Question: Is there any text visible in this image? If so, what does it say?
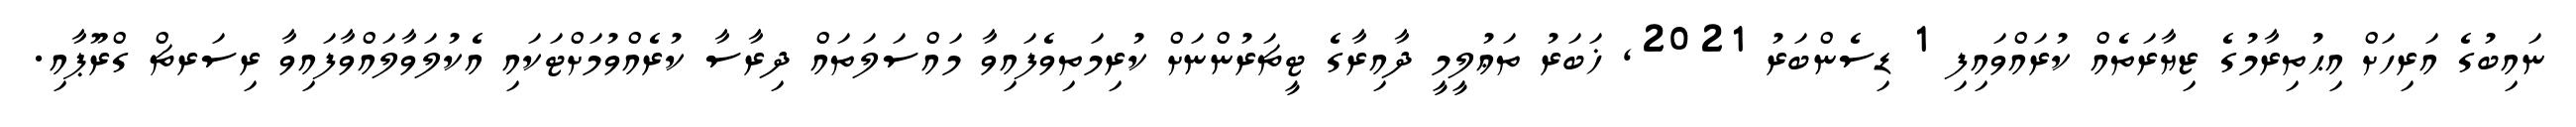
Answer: ނައިބުގެ އަރިހަށް އިޙުތިރާމުގެ ޒިޔާރަތެއް ކުރައްވައިފި 1 ޑިސެންބަރު 2021, ޚަބަރު ތަޢުލީމީ ދާއިރާގެ ޓީޗަރުންނަށް ކުރިމަތިވެފައިވާ މައްސަލަތައް ދިރާސާ ކުރެއްވުމަށްޓަކައި އެކުލަވާލައްވާފައިވާ ރިސަރޗް ގްރޫޕާއި.